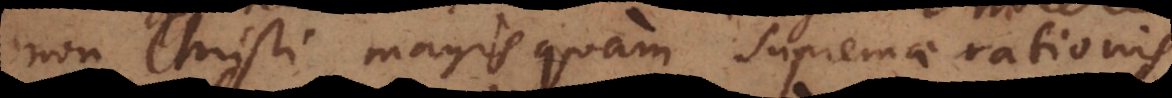
non Christi magis quam supremae rationis